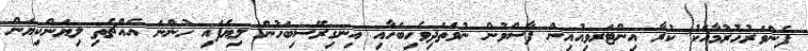
ފެންވަރުހުރުމާއެކު ކުރާ އިންޓަރވިއުއިން ފާސްވުން ނުވަތަދިވެހިބަހާއި އިނގިރޭސިބަހުން ލިޔެފައި ހުންނަ އެއްޗެތި ލިޔަންކިޔަން